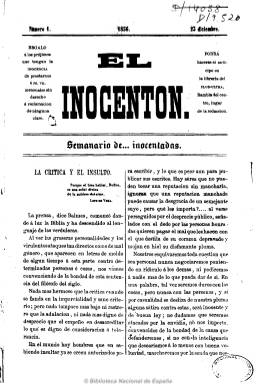
Título: El Inocentón
Colección: Revistas satíricas y humorísticas
Ámbito geográfico: Barcelona
Lugar de publicación: Barcelona
Fechas: 23/12/1856-03/07/1857

Subtitulado “semanario de… inocentadas”, es un periódico barcelonés de carácter humorístico con textos en prosa y en verso, alguno de ellos en lengua catalana, que inicia su aparición con un referencia a Jaime Balmes sobre la prensa, que se dice independiente e imparcial en su declaración de intenciones, en la que señala que no descenderá al insulto personal. Publica también algunos estudios biográficos, pero sobre todo gacetillas o crónicas, con una sección bajo el epígrafe “Revista semanal”, sobre la actividad teatral y otros espectáculos musicales y otros aspectos de la vida literaria y artística local. Su estilo no va más allá de cierto humor blando o inocente. Sus textos están firmados, principalmente, con seudónimos o iniciales, como es el caso de “Los Inocentes”, en referencia a sus redactores. Aparece en números de ocho páginas, a dos columnas, de la imprenta de Narciso Ramírez. Sólo editó 24 números, del 23 de diciembre de 1856 al 3 de julio de 1857, fecha en que se despide de sus lectores.